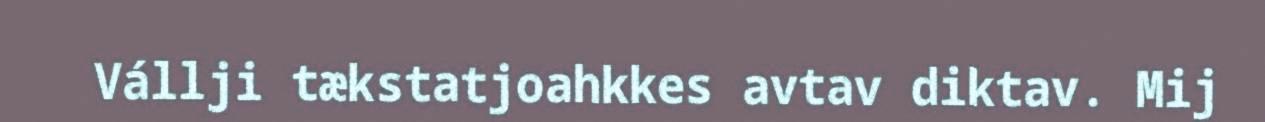
Vállji tækstatjoahkkes avtav diktav. Mij